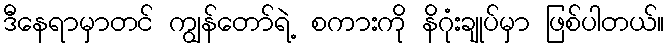
ဒီနေရာမှာတင် ကျွန်တော်ရဲ့ စကားကို နိဂုံးချုပ်မှာ ဖြစ်ပါတယ်။